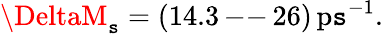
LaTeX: \DeltaM_{\mathtt{s}}=(14.3\, \mathrm{{--}}\, 26)\, \mathrm{{p\mathtt{s}}}^{-1}.